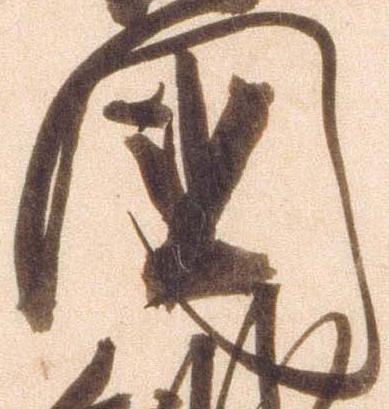
国